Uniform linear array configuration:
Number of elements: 24
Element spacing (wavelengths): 0.5
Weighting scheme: binomial
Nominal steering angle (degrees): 30
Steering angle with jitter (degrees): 28.299
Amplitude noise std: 0.05
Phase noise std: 0.05

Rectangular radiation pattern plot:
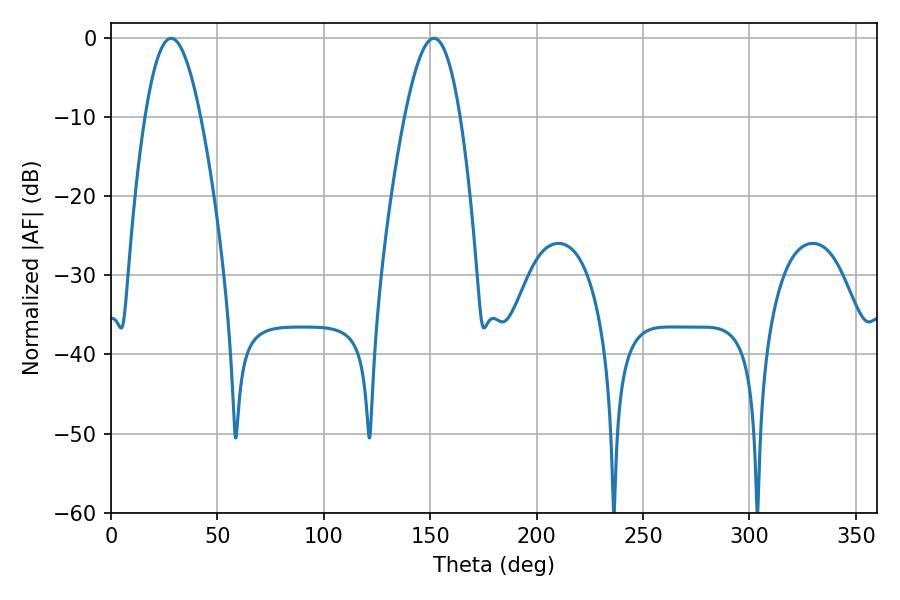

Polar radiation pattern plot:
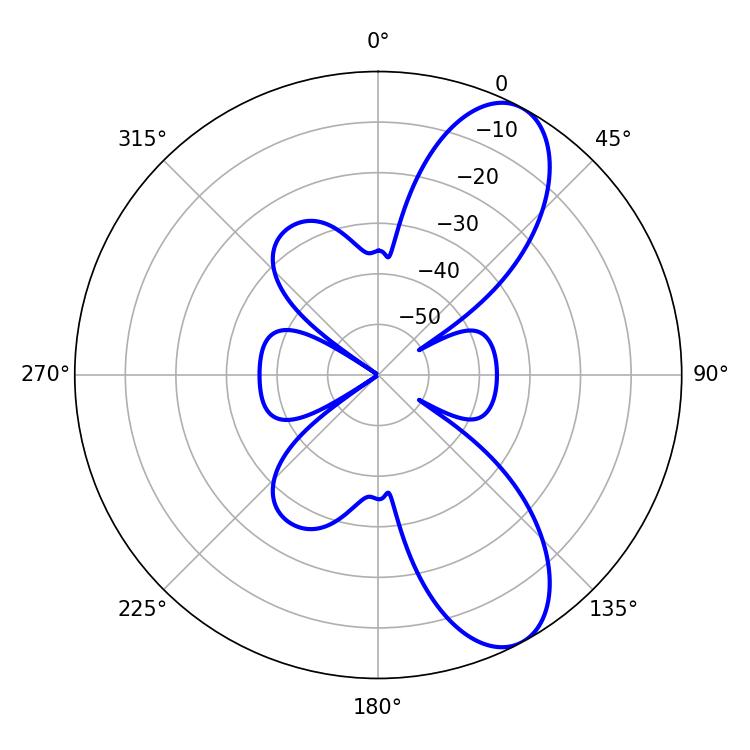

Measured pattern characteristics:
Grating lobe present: FALSE
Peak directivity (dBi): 8.957
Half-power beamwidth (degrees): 14.22
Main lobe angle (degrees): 28.26